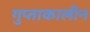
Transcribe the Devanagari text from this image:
गुप्ताकालीन